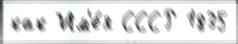
как Им'е́я СССР 1835